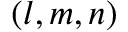
( l , m , n )